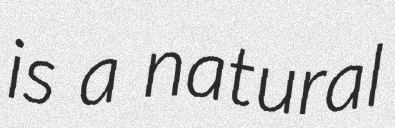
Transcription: is a natural